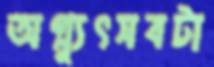
অগ্ন্যুৎসবটা